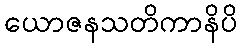
ယောဇနသတိကာနိပိ